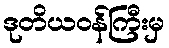
ဒုတိယဝန်ကြီးမှ